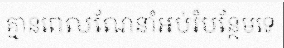
គ្មានពេលណែនាំអប់រំបន្ថែមទេ